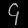
Digit: ၄